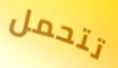
تتحمل